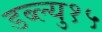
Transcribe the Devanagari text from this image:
डब्ल्यु१५